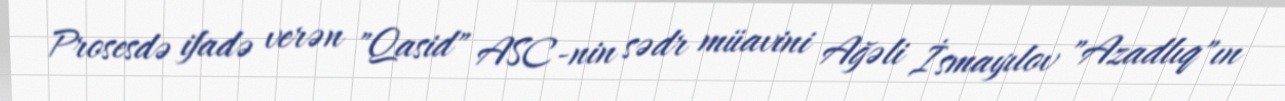
Prosesdə ifadə verən "Qasid" ASC-nin sədr müavini Ağəli İsmayılov "Azadlıq"ın